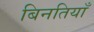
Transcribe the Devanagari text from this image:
बिनतियाँ